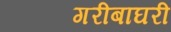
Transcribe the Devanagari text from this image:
गरीबाघरी